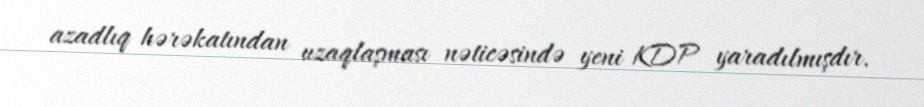
azadlıq hərəkatından uzaqlaşması nəticəsində yeni KDP yaradılmışdır.